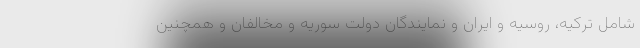
شامل ترکیه، روسیه و ایران و نمایندگان دولت سوریه و مخالفان و همچنین